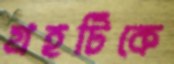
গ্রহটিকে